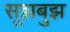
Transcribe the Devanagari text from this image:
सूझबुझ